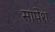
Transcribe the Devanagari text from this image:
सापेश